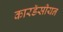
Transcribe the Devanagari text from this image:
कारडॅसीयन